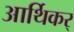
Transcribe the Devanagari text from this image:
आर्थिकर्